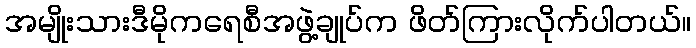
အမျိုးသားဒီမိုကရေစီအဖွဲ့ချုပ်က ဖိတ်ကြားလိုက်ပါတယ်။